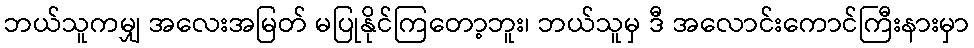
ဘယ်သူကမျှ အလေးအမြတ် မပြုနိုင်ကြတော့ဘူး၊ ဘယ်သူမှ ဒီ အလောင်းကောင်ကြီးနားမှာ